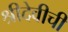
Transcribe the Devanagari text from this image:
श्रीदेवीची